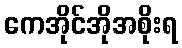
ကေအိုင်အိုအစိုးရ